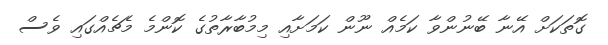
ގޮތަކަށް އޭނާ ބޭނުންވާ ކަމެއް ނޫން ކަމަށާއި މިމުބާރާތުގެ ކޮންމެ މެޗެއްގައި ވެސް